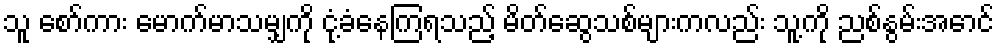
သူ စော်ကား မောက်မာသမျှကို ငုံ့ခံနေကြရသည့် မိတ်ဆွေသစ်များကလည်း သူ့ကို ညစ်နွမ်းအောင်